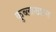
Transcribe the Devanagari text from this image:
कुब्लाखान